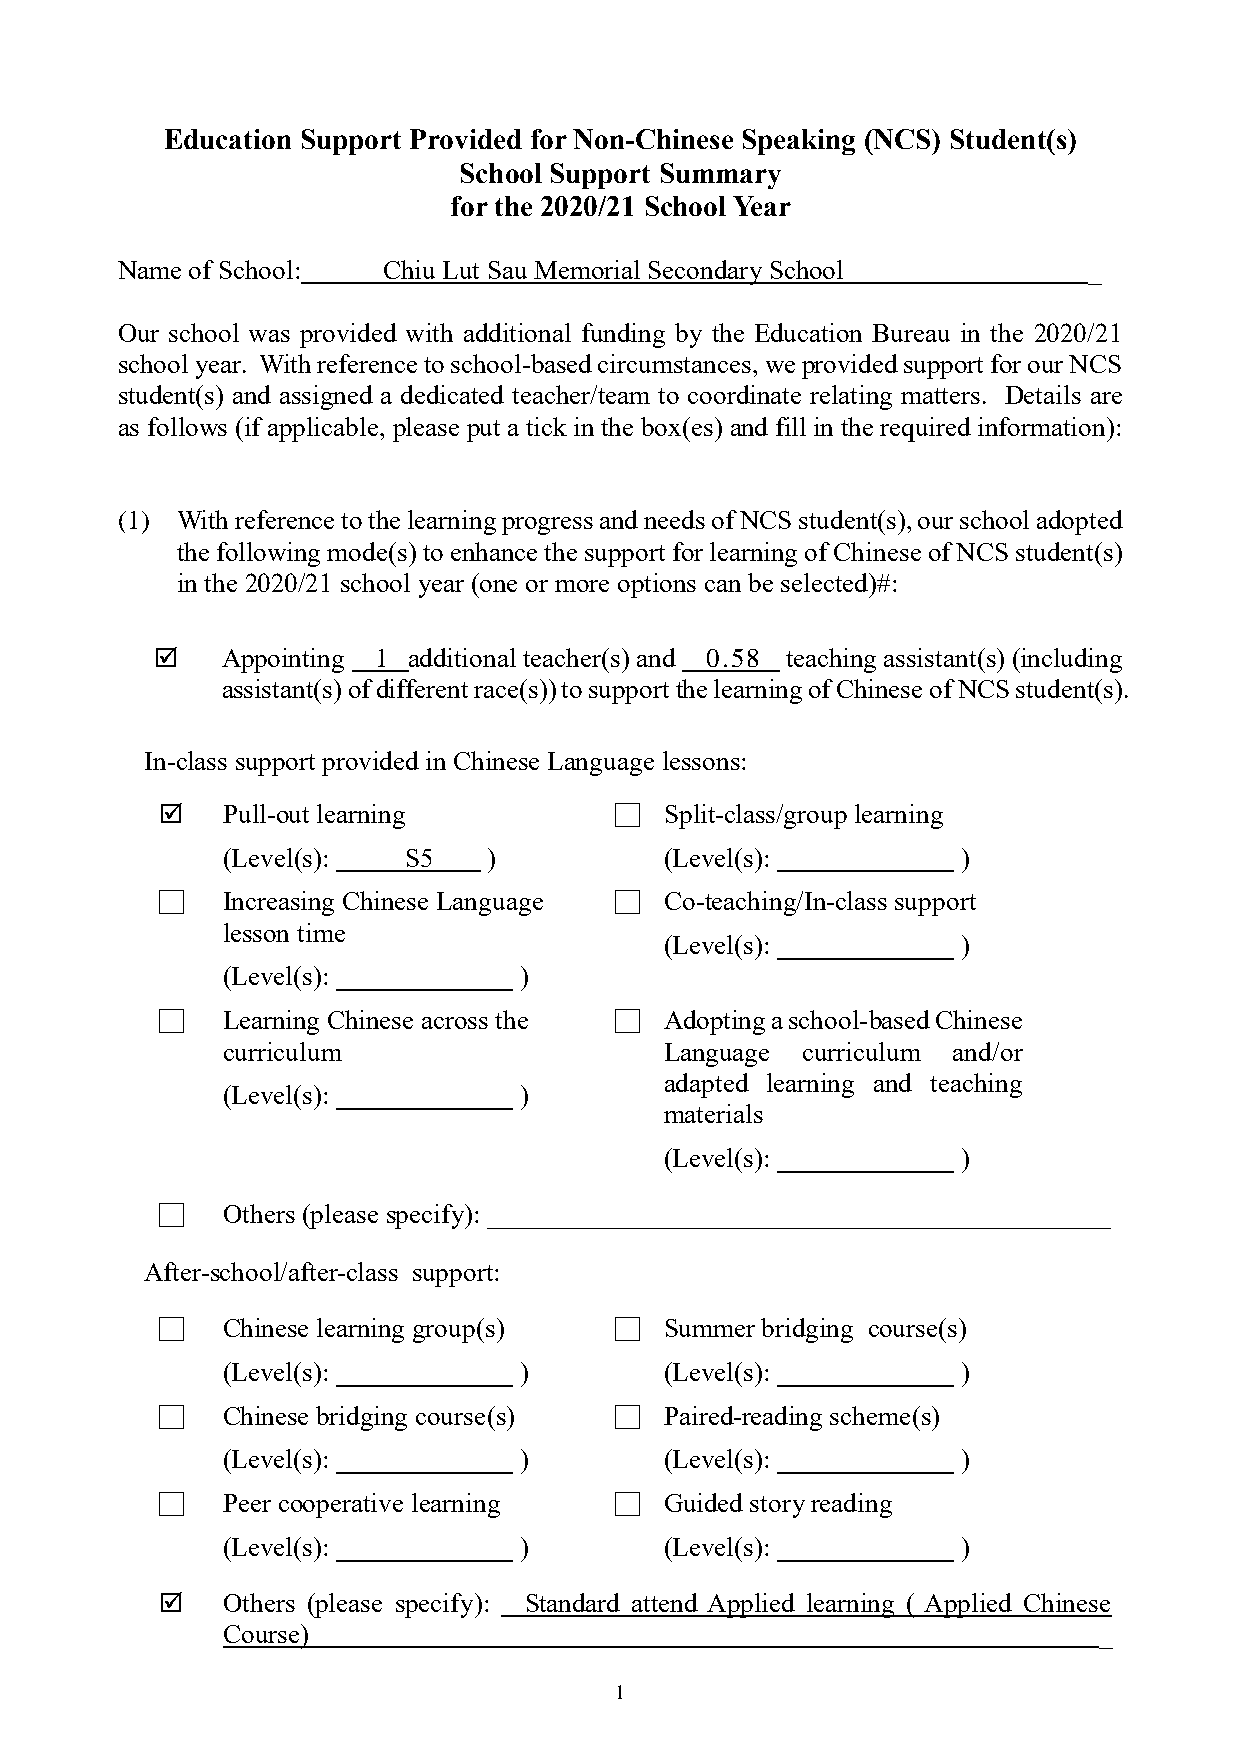
Education Support Provided for Non-Chinese Speaking (NCS) Student(s)
 School Support Summary
 for the 2020/21 School Year
 Name of School:  Chiu Lut Sau Memorial Secondary School         _
 Our school was provided with additional funding by the Education Bureau in the 2020/21
 school year. With reference to school-based circumstances, we provided support for our NCS
 student(s) and assigned a dedicated teacher/team to coordinate relating matters. Details are
 as follows (if applicable, please put a tick in the box(es) and fill in the required information):
 (1) With reference to the learning progress and needs of NCS student(s), our school adopted
 the following mode(s) to enhance the support for learning of Chinese of NCS student(s)
 in the 2020/21 school year (one or more options can be selected)#:
 .   Appointing _ 1 additional teacher(s) and _ 0.58 teaching assistant(s) (including
 assistant(s) of different race(s)) to support the learning of Chinese of NCS student(s).
 In-class support provided in Chinese Language lessons:
    Pull-out learning         □  Split-class/group learning
 (Level(s):  S5   )           (Level(s):          )
 □    Increasing Chinese Language □ Co-teaching/In-class support
 lesson time
 (Level(s):          )
 (Level(s):         )
 □    Learning Chinese across the □ Adopting a school-based Chinese
 curriculum                   Language curriculum and/or
 adapted learning and teaching
 (Level(s):         )
 materials
 (Level(s):          )
 □    Others (please specify): ______________________________________________
 After-school/after-class support:
 □    Chinese learning group(s) □  Summer bridging course(s)
 (Level(s):         )         (Level(s):          )
 □    Chinese bridging course(s) □ Paired-reading scheme(s)
 (Level(s):         )         (Level(s):          )
 □    Peer cooperative learning □  Guided story reading
 (Level(s):         )         (Level(s):          )
    Others (please specify): Standard attend Applied learning ( Applied Chinese
 Course)                                                   _
 1